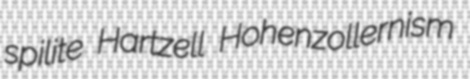
spilite Hartzell Hohenzollernism